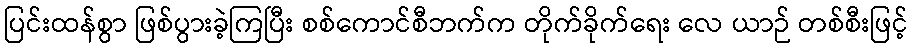
ပြင်းထန်စွာ ဖြစ်ပွားခဲ့ကြပြီး စစ်ကောင်စီဘက်က တိုက်ခိုက်ရေး လေ ယာဉ် တစ်စီးဖြင့်